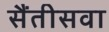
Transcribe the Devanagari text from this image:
सैंतीसवा